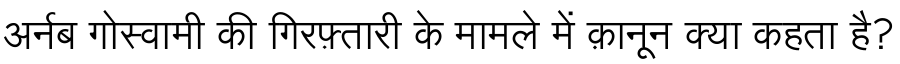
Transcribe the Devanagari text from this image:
अर्नब गोस्वामी की गिरफ़्तारी के मामले में क़ानून क्या कहता है?